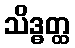
သိဒ္ဓတ္ထ